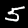
Label: 5